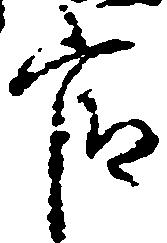
官